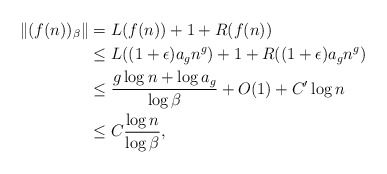
\begin{align*}\Vert (f(n))_\beta \Vert &= L(f(n))+1+R(f(n))\\ &\leq L((1+\epsilon)a_g n^g) + 1 + R((1+\epsilon)a_g n^g) \\ &\leq \frac{g\log n + \log a_g}{\log \beta} + O(1) + C' \log n\\ &\leq C \frac{\log n}{\log \beta},\end{align*}